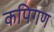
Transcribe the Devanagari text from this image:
कपिगण